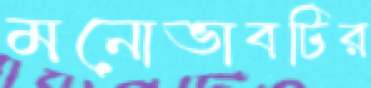
মনোভাবটির